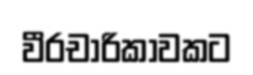
වීරචාරිකාවකට